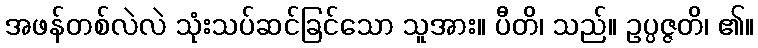
အဖန်တစ်လဲလဲ သုံးသပ်ဆင်ခြင်သော သူအား။ ပီတိ၊ သည်။ ဥပ္ပဇ္ဇတိ၊ ၏။